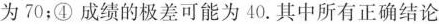
为70；④成绩的极差可能为40.其中所有正确结论